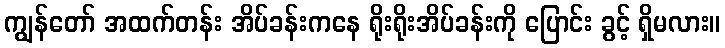
ကျွန်တော် အထက်တန်း အိပ်ခန်းကနေ ရိုးရိုးအိပ်ခန်းကို ပြောင်း ခွင့် ရှိမလား။